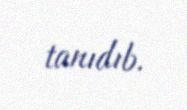
tanıdıb.